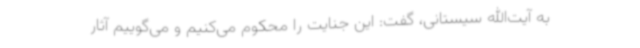
به آیت‌الله سیستانی، گفت: این جنایت را محکوم می‌کنیم و می‌گوییم آثار